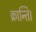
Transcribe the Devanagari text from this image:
क्रान्ति।